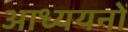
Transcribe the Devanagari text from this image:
आध्ययनों